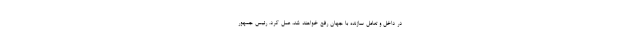
در داخل و تعامل سازنده با جهان رفع خواهند شد، عمل کرد. رئیس جمهور